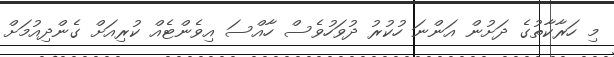
މި ހަރާކާތުގެ ދަށުން އަންނަ ހުކުރު ދުވަހުވެސް ހާއްސަ އިވެންޓެއް ކުރިއަށް ގެންދިއުމަށް